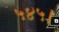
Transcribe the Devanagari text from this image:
५४५।